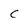
Character: C